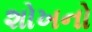
શોખનો